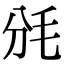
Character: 𣬩